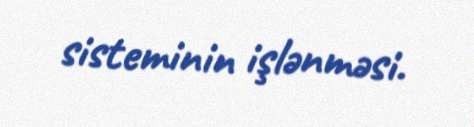
sisteminin işlənməsi.